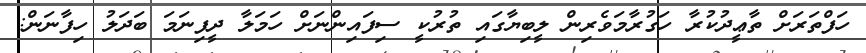
ހަފްތަރަށް ތާޢީދުކުރާ ހަގުރާމަވެރިން ލީބިޔާގައި ތުރުކީ ސިފައިންނަށް ހަމަލާ ދީފިނަމަ ބަދަލު ހިފާނަން: